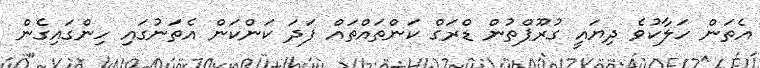
އެތަން ހަލާކުވެ ދިޔައީ ގުރޫޕްތުން ޑްރަގް ކަންތައްތައް ފަދަ ކަންކަން އެތަނުގައި ހިންގައިގެން